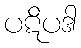
ပဋိပဒါ